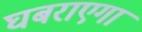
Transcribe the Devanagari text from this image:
घबराएगा